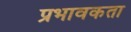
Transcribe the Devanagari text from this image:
प्रभावकता